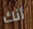
أنك